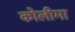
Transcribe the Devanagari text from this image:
कोलीमा